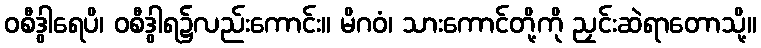
ဝစီဒွါရေပိ၊ ဝစီဒွါရ၌လည်းကောင်း။ မိဂဝံ၊ သားကောင်တို့ကို ညှင်းဆဲရာတောသို့။